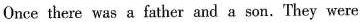
Once there was a father and a son.They were